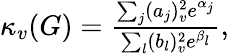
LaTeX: \begin{array}{r}{\kappa_{v}(G)=\frac{\sum_{j}(a_{j})_{v}^{2}e^{\alpha_{j}}}{\sum_{l}(b_{l})_{v}^{2}e^{\beta_{l}}},}\end{array}